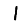
Digit: 1